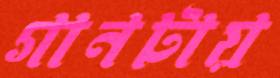
গানটায়